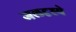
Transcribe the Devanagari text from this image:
जलदृश्ये